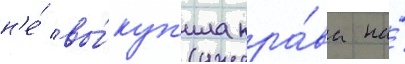
н'е́ вы́куп'ила пра́ва на́